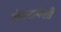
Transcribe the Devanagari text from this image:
कंडरापेशी